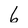
Character: 6